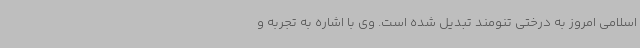
اسلامی امروز به درختی تنومند تبدیل شده است. وی با اشاره به تجربه و